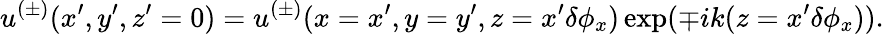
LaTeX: u^{(\pm)}(x^{\prime},y^{\prime},z^{\prime}=0)=u^{(\pm)}(x=x^{\prime},y=y^{\prime},z=x^{\prime}\delta\phi_{x})\exp(\mp ik(z=x^{\prime}\delta\phi_{x})).